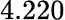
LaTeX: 4.220